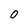
Character: 0